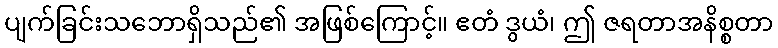
ပျက်ခြင်းသဘောရှိသည်၏ အဖြစ်ကြောင့်။ ဧတံ ဒွယံ၊ ဤ ဇရတာအနိစ္စတာ